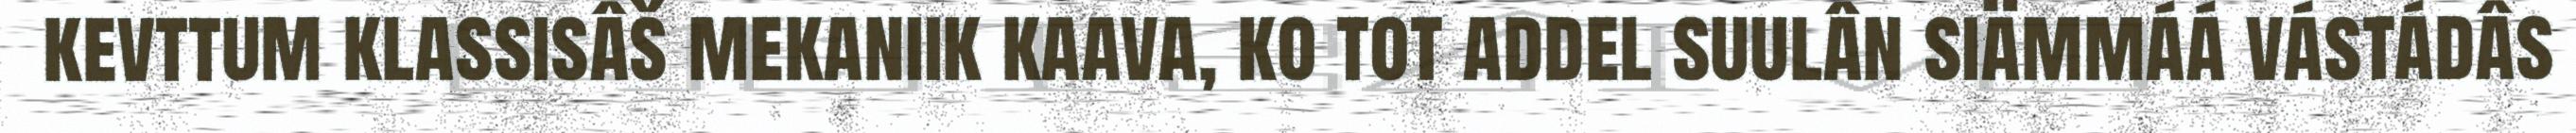
kevttum klassisâš mekaniik kaava, ko tot addel suulân siämmáá vástádâs